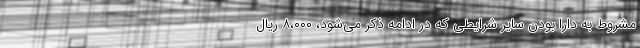
مشروط به دارا بودن سایر شرایطی که در ادامه ذکر می‌شود، ۸،۰۰۰ ریال